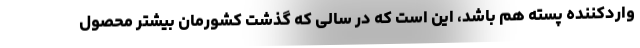
واردکننده پسته هم باشد، این است که در سالی که گذشت کشورمان بیشتر محصول